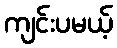
ကျင်းပမယ့်